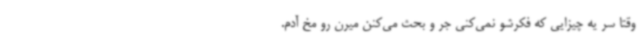
وقتا سر یه چیزایی که فکرشو نمی‌کنی جر و بحث می‌کنن میرن رو مخ آدم.